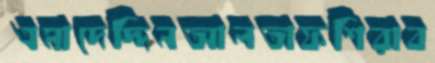
এমাদেদ্দিনআলতাফশিরাব